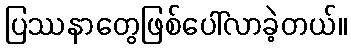
ပြဿနာတွေဖြစ်ပေါ်လာခဲ့တယ်။